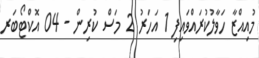
މުއިއްޒާ ހަވާލުކުރައްވައިފި 1 އަހަރު 2 މަސް ކުރިން - 04 އޮކްޓޯބަރ